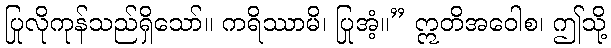
ပြုလိုကုန်သည်ရှိသော်။ ကရိဿာမိ၊ ပြုအံ့။” ဣတိအဝေါစ၊ ဤသို့